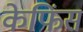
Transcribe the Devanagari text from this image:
केफिंस